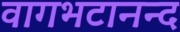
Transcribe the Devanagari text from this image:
वागभटानन्द